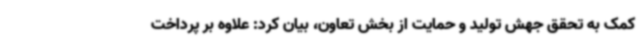
کمک به تحقق جهش تولید و حمایت از بخش تعاون، بیان کرد: علاوه بر پرداخت